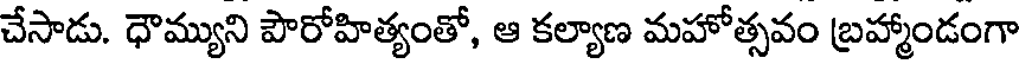
చేసాడు. ధౌమ్యుని పౌరోహిత్యంతో, ఆ కల్యాణ మహోత్సవం బ్రహ్మాండంగా